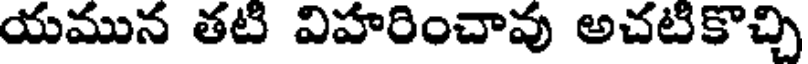
యమున తటి విహరించావు అచటికొచ్చి